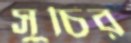
সুচির